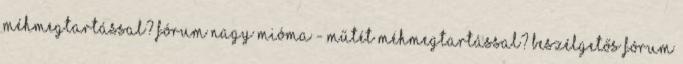
méhmegtartással? fórum Nagy mióma - műtét méhmegtartással? beszélgetős fórum